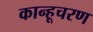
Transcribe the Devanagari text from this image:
कान्हूचरण